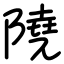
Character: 隢